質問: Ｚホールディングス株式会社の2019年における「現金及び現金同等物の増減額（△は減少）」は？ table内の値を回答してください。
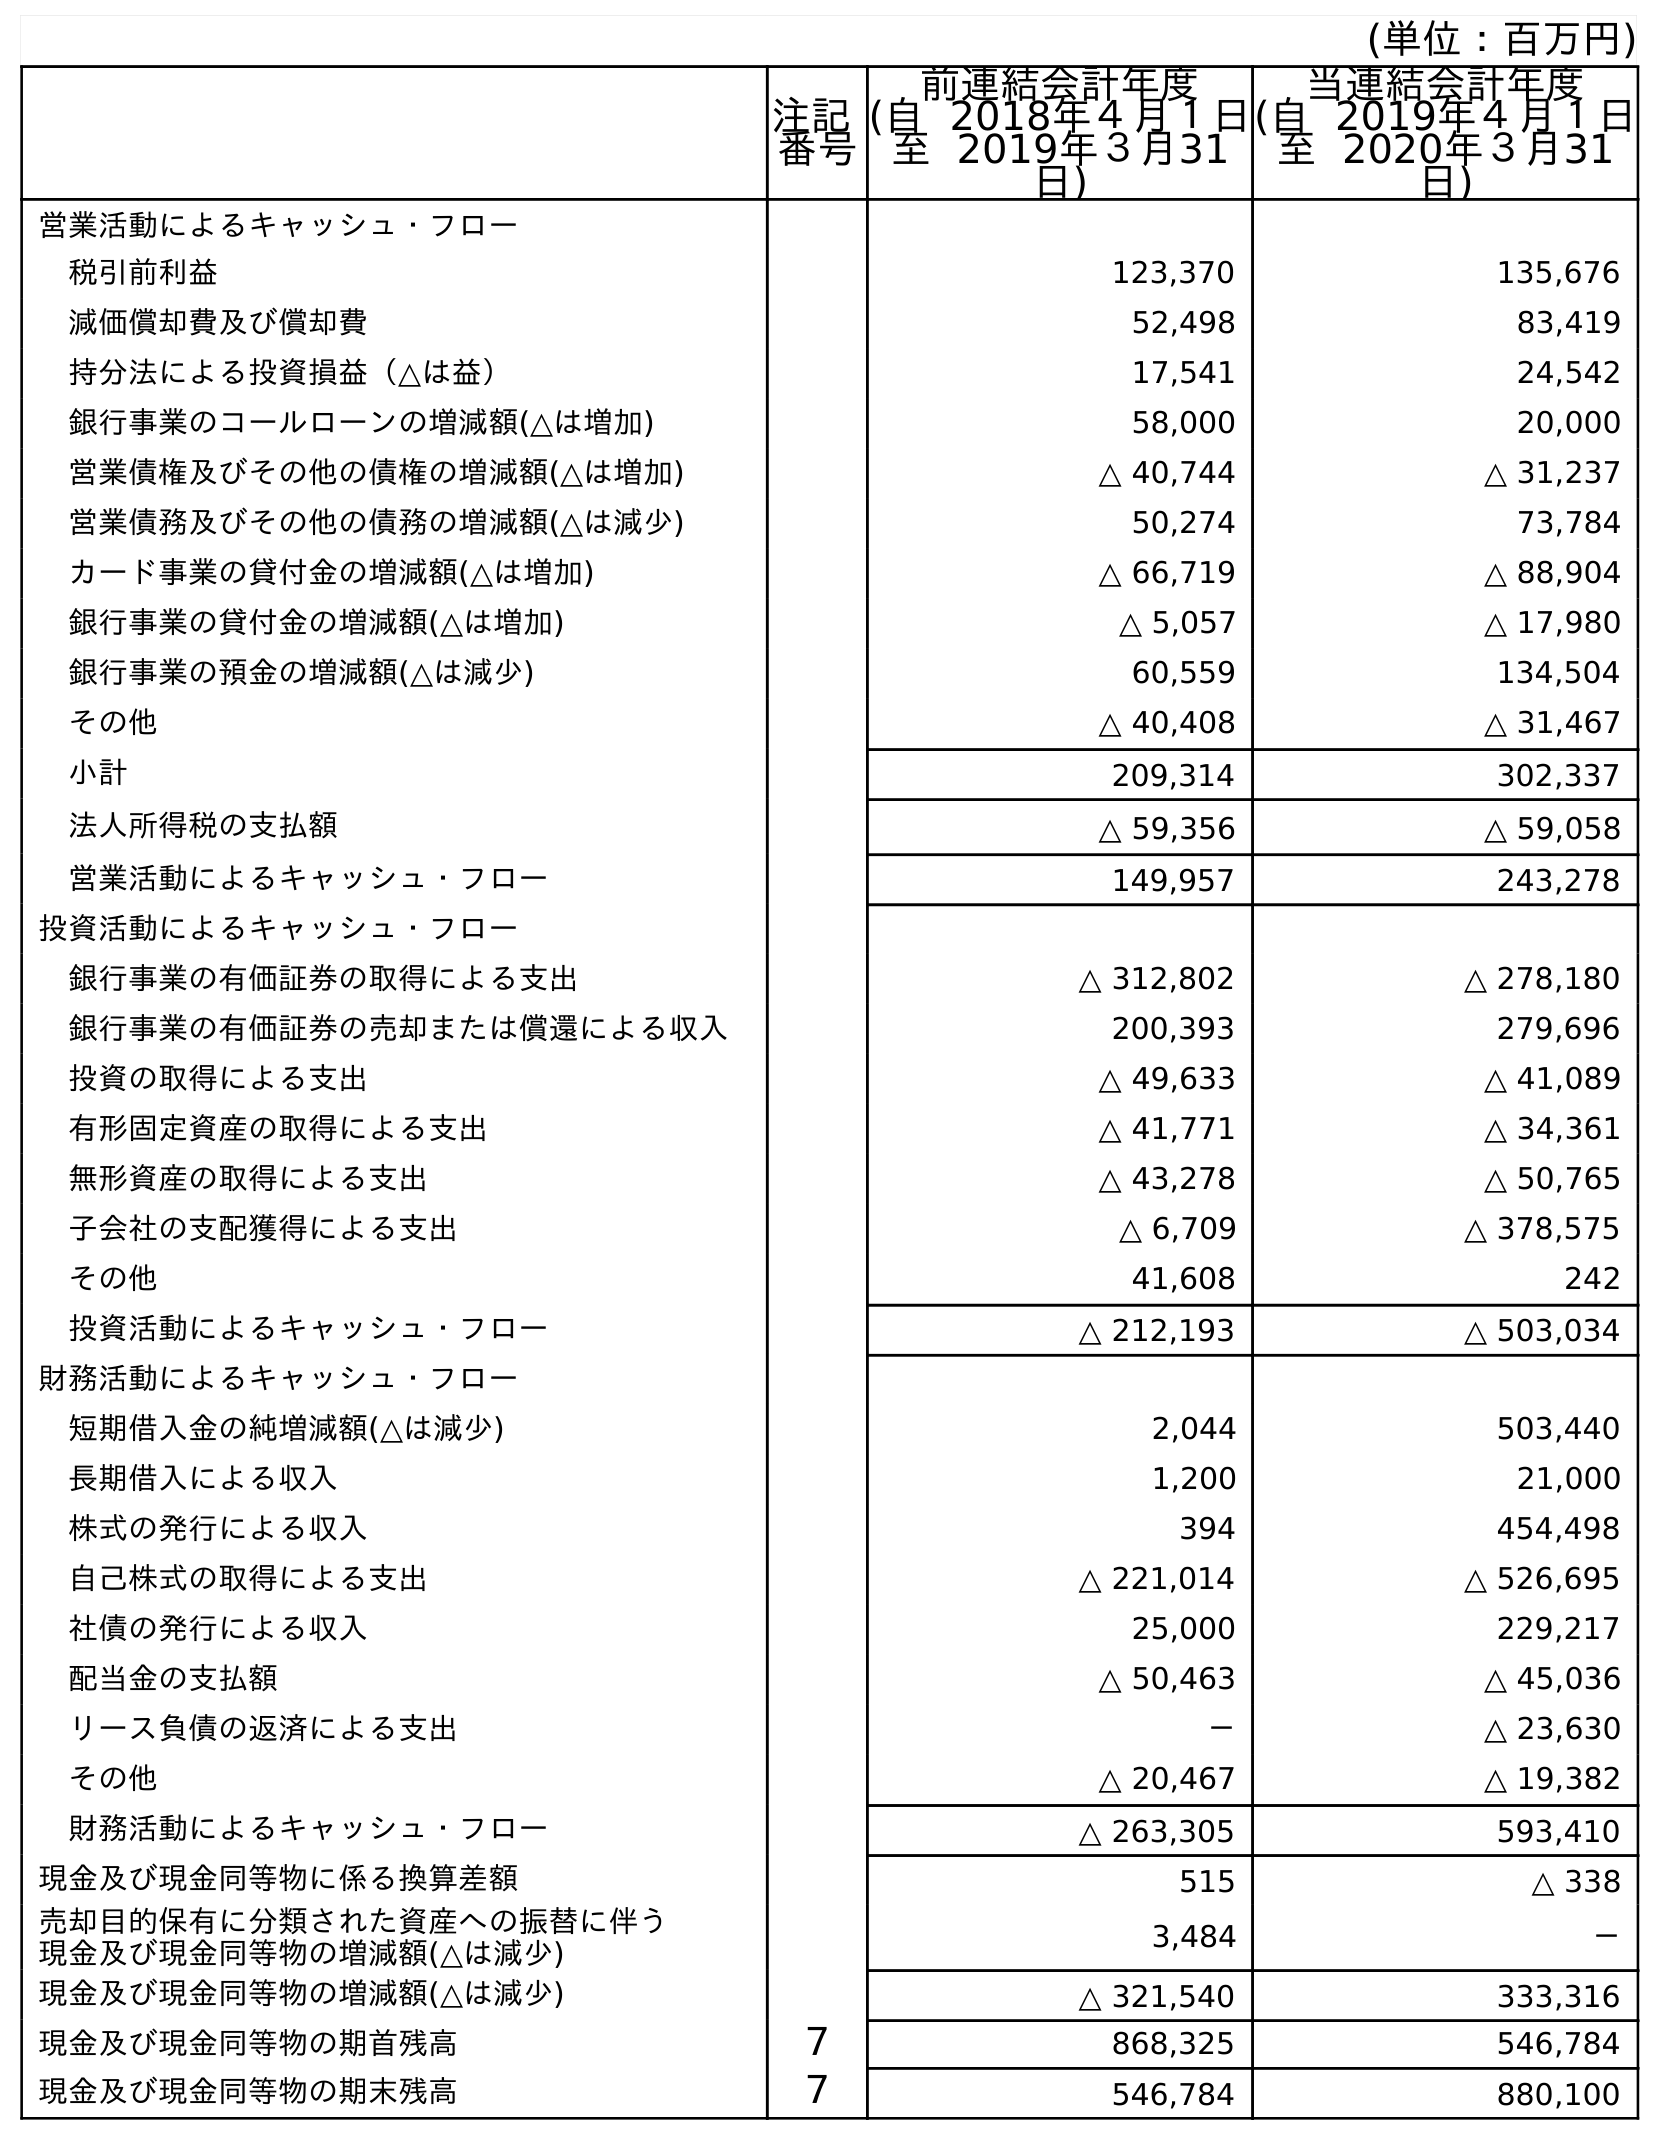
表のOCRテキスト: (単位：百万円) 注記 番号 前連結会計年度 (自 2018年４月１日 至 2019年３月31 日) 当連結会計年度 (自 2019年４月１日 至 2020年３月31 日) 営業活動によるキャッシュ・フロー 税引前利益 123,370 135,676 減価償却費及び償却費 52,498 83,419 持分法による投資損益（△は益） 17,541 24,542 銀行事業のコールローンの増減額(△は増加) 58,000 20,000 営業債権及びその他の債権の増減額(△は増加) △ 40,744 △ 31,237 営業債務及びその他の債務の増減額(△は減少) 50,274 73,784 カード事業の貸付金の増減額(△は増加) △ 66,719 △ 88,904 銀行事業の貸付金の増減額(△は増加) △ 5,057 △ 17,980 銀行事業の預金の増減額(△は減少) 60,559 134,504 その他 △ 40,408 △ 31,467 小計 209,314 302,337 法人所得税の支払額 △ 59,356 △ 59,058 営業活動によるキャッシュ・フロー 149,957 243,278 投資活動によるキャッシュ・フロー 銀行事業の有価証券の取得による支出 △ 312,802 △ 278,180 銀行事業の有価証券の売却または償還による収入 200,393 279,696 投資の取得による支出 △ 49,633 △ 41,089 有形固定資産の取得による支出 △ 41,771 △ 34,361 無形資産の取得による支出 △ 43,278 △ 50,765 子会社の支配獲得による支出 △ 6,709 △ 378,575 その他 41,608 242 投資活動によるキャッシュ・フロー △ 212,193 △ 503,034 財務活動によるキャッシュ・フロー 短期借入金の純増減額(△は減少) 2,044 503,440 長期借入による収入 1,200 21,000 株式の発行による収入 394 454,498 自己株式の取得による支出 △ 221,014 △ 526,695 社債の発行による収入 25,000 229,217 配当金の支払額 △ 50,463 △ 45,036 リース負債の返済による支出 － △ 23,630 その他 △ 20,467 △ 19,382 財務活動によるキャッシュ・フロー △ 263,305 593,410 現金及び現金同等物に係る換算差額 515 △ 338 売却目的保有に分類された資産への振替に伴う 現金及び現金同等物の増減額(△は減少) 3,484 － 現金及び現金同等物の増減額(△は減少) △ 321,540 333,316 現金及び現金同等物の期首残高 ７ 868,325 546,784 現金及び現金同等物の期末残高 ７ 546,784 880,100
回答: △321,540